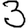
Digit: 3